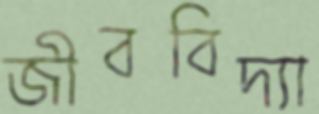
জীববিদ্যা